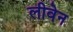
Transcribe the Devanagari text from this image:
लीवेन